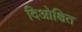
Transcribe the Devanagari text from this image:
दिओक्षित